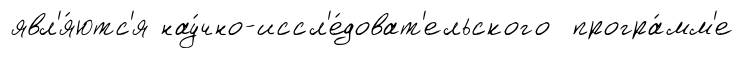
явл'я́ютс'я нау́чно-иссл'е́доват'ельского програ́мм'е